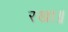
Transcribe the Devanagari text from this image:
रखा॥